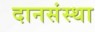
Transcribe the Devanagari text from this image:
दानसंस्था